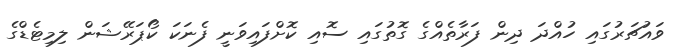
ވައުޗަރުގައި ހުއްދަ ދިން ފަރާތެއްގެ ގޮތުގައި ސޮއި ކޮށްފައިވަނީ ފެނަކަ ކޯޕަރޭޝަން ލިމިޓެޑްގެ